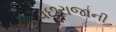
વછરાજાની